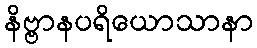
နိဗ္ဗာနပရိယောသာနာ